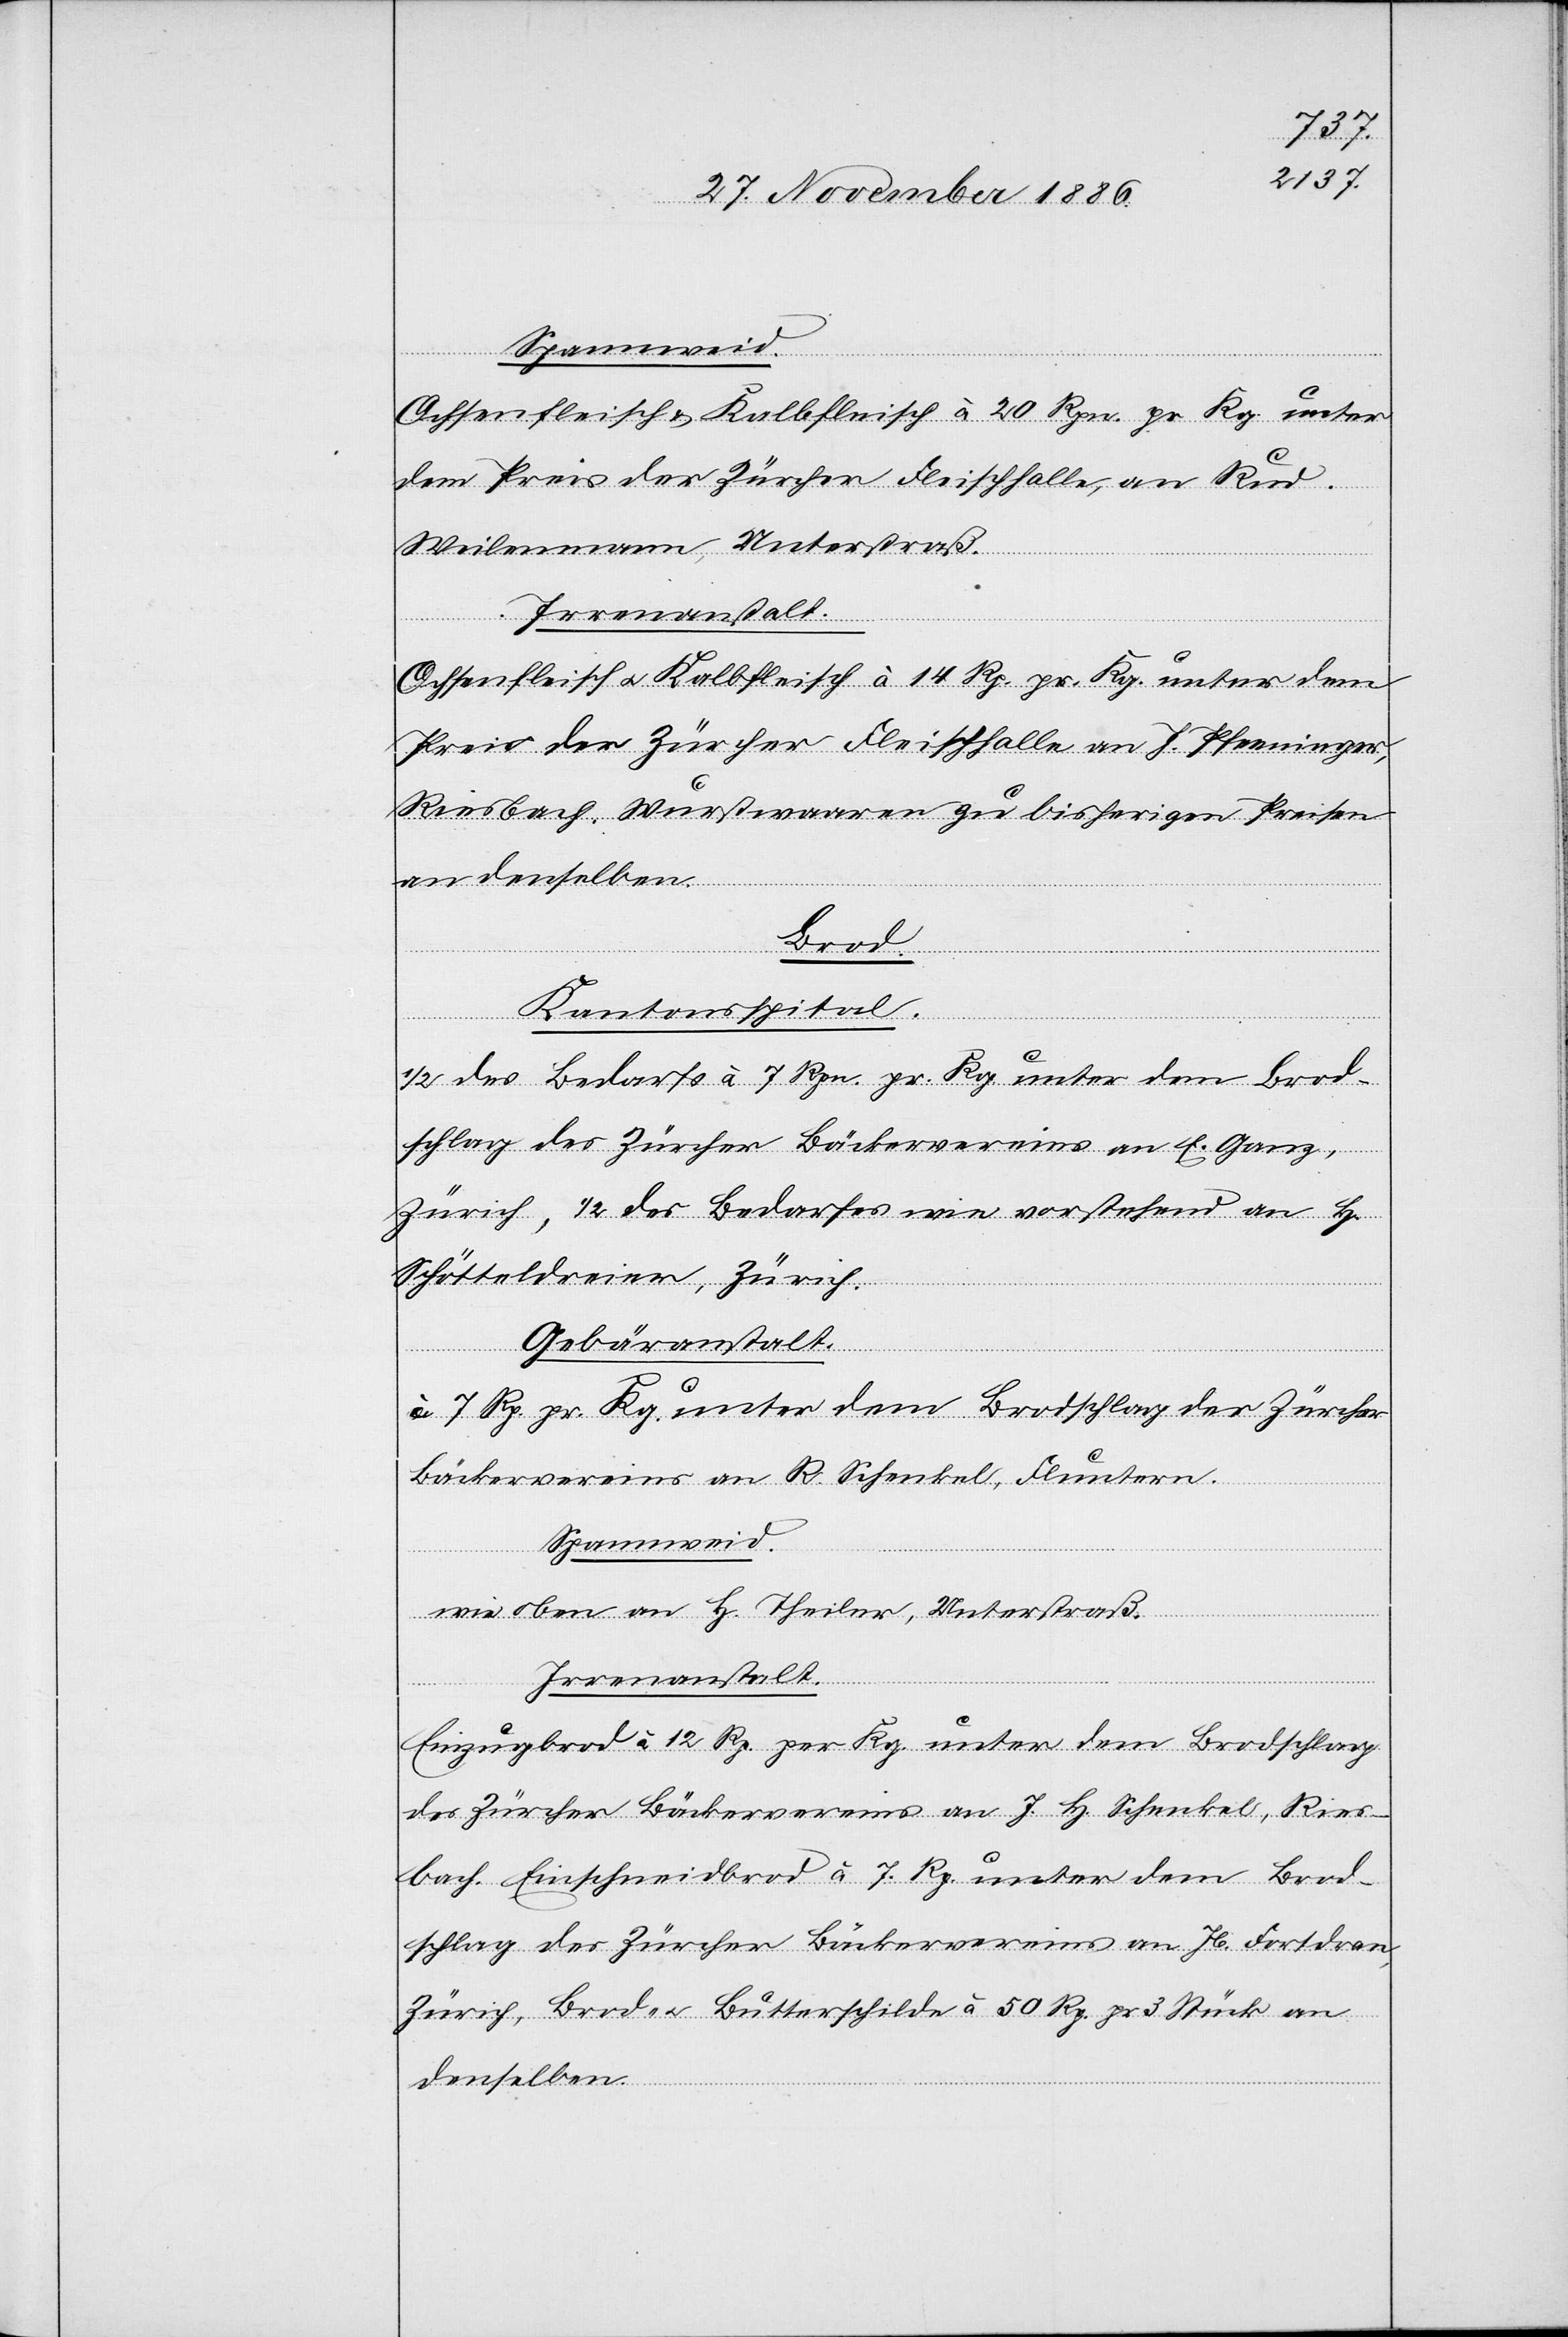
Ochsenfleisch & Kalbfleisch à 20 Rpn. pr. Kg. unter
dem Preis der Zürcher Fleischhalle, an Rud.
Weilenmann, Unterstraß.
Irrenanstalt.
Ochsenfleisch & Kalbfleisch à 14 Rp. pr. Kg. unter dem
Preis der Zürcher Fleischhalle an J. Pfenninger,
Riesbach. Wurstwaaren zu bisherigen Preisen
an denselben.
Brod.
Kantonsspital.
1/2 des Bedarfs à 7 Rpn. pr. Kg. unter dem Brod¬
schlag des Zürcher Bäckervereins an E. Ganz,
Zürich, 1/2 des Bedarfes wie vorstehend an H.
Schötteldreier, Zürich.
Gebäranstalt.
7 Rp. pr. Kg. unter dem Brodschlag des Zürcher
Bäckervereins an R. Schenkel, Fluntern.
Spannweid.
wie oben an H. Theiler, Unterstraß.
Irrenanstalt.
Einzugbrod à 12 Rp. per Kg. unter dem Brodschlag
des Zürcher Bäckervereins an J. H. Schenkel, Ries¬
bach. Einschneidbrod à 7 Rp. unter dem Brod¬
schlag des Zürcher Bäckervereins an Jb. Fortdran,
Zürich, Brod- & Butterschilde à 50 Rp. pr. 3 Stück an
denselben.